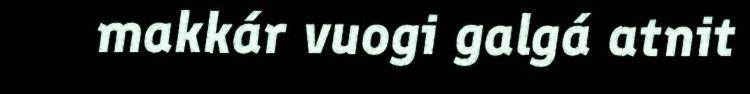
makkár vuogi galgá atnit